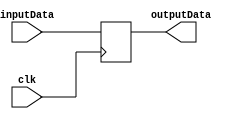
module registrosIntermedios

#(
	// Parameter Declarations
	parameter SIZE = 64
)

(
	// Input Ports
	input [SIZE-1:0] inputData,
	input clk,

	// Output Ports
	output reg [SIZE-1:0] outputData
);

	// Module Item(s)
	
	always@(posedge clk)
		begin
			outputData <= inputData;
		end
	

endmodule